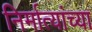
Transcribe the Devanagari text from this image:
निर्मात्यांच्या